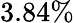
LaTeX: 3.84\%